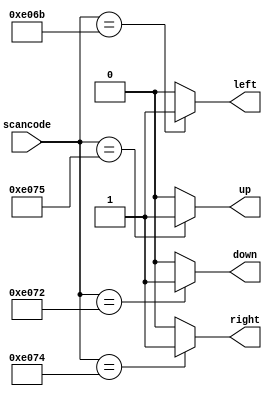
module top_module (
    input [15:0] scancode,
    output reg left,
    output reg down,
    output reg right,
    output reg up  ); 
    always @(*) begin
     left = 0; down = 0; right = 0; up = 0;
     case(scancode)
         16'he06b : left = 1;
         16'he072 : down = 1;
         16'he074 : right = 1;
         16'he075 : up = 1;
         default : ;
     endcase
  end
  

endmodule